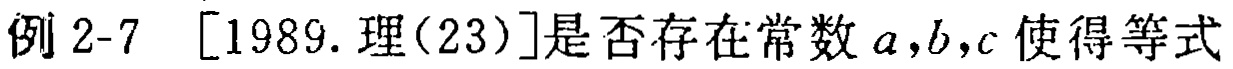
例 2-7 [1989. 理(23)]是否存在常数 \(a,b,c\) 使得等式